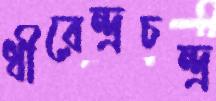
ধীরেন্দ্রচন্দ্র